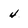
Character: 4